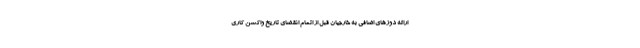
ارائه دوزهای اضافی به خارجیان قبل از اتمام انقضای تاریخ واکسن کاری